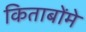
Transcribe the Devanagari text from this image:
किताबोंमे